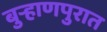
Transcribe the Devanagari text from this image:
बुर्‍हाणपुरात